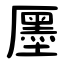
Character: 㕓